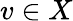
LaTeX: v\in X